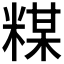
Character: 𱹍